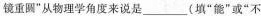
镜重圆”从物理学角度来说是____(填”能”或”不